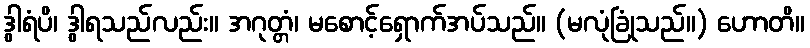
ဒွါရံပိ၊ ဒွါရသည်လည်း။ အဂုတ္တံ၊ မစောင့်ရှောက်အပ်သည်။ (မလုံခြုံသည်။) ဟောတိ။